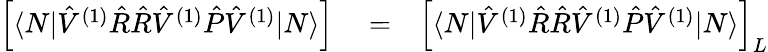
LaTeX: \begin{array}{rlr}{\Big[\langle N|\hat{V}^{(1)}\hat{R}\hat{R}\hat{V}^{(1)}\hat{P}\hat{V}^{(1)}|N\rangle\Big]}&{{}=}&{\Big[\langle N|\hat{V}^{(1)}\hat{R}\hat{R}\hat{V}^{(1)}\hat{P}\hat{V}^{(1)}|N\rangle\Big]_{{L}}}\end{array}